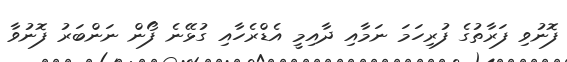
ފޮނުވި ފަރާތުގެ ފުރިހަމަ ނަމާއި ދާއިމީ އެޑްރެހާއި ގުޅޭނެ ފޯން ނަންބަރު ފޮނުވާ